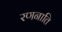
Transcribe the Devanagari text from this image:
रणनाति